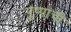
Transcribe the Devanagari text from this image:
पुष्पांची